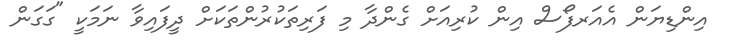
އިންޑިޔަން އެއަރފޯސް އިން ކުރިއަށް ގެންދާ މި ފަރިތަކުރުންތަކަށް ދީފައިވާ ނަމަކީ "ގަގަން